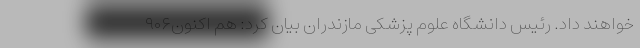
خواهند داد. رئیس دانشگاه علوم پزشکی مازندران بیان کرد: هم اکنون۹۰۶